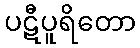
ပဋီပူရိတော